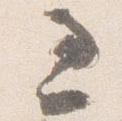
過